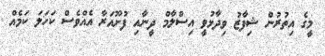
މީގެ އިތުރުން ޝިފާޒު ވިދާޅުވީ އިސްލާމް ދީނާއި ފުށޫއަރާ އެއްވެސް ކަހަލަ ކަމެއް